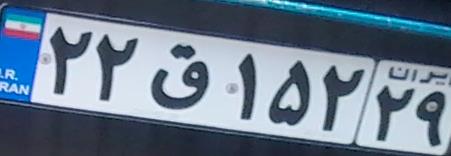
۲۲ق۱۵۲۲۹